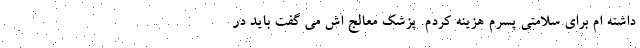
داشته ام برای سلامتی پسرم هزینه کردم. پزشک معالج اش می گفت باید در